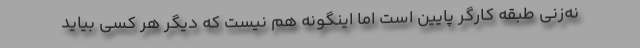
نه‌زنی طبقه کارگر پایین است اما اینگونه هم نیست که دیگر هر کسی بیاید